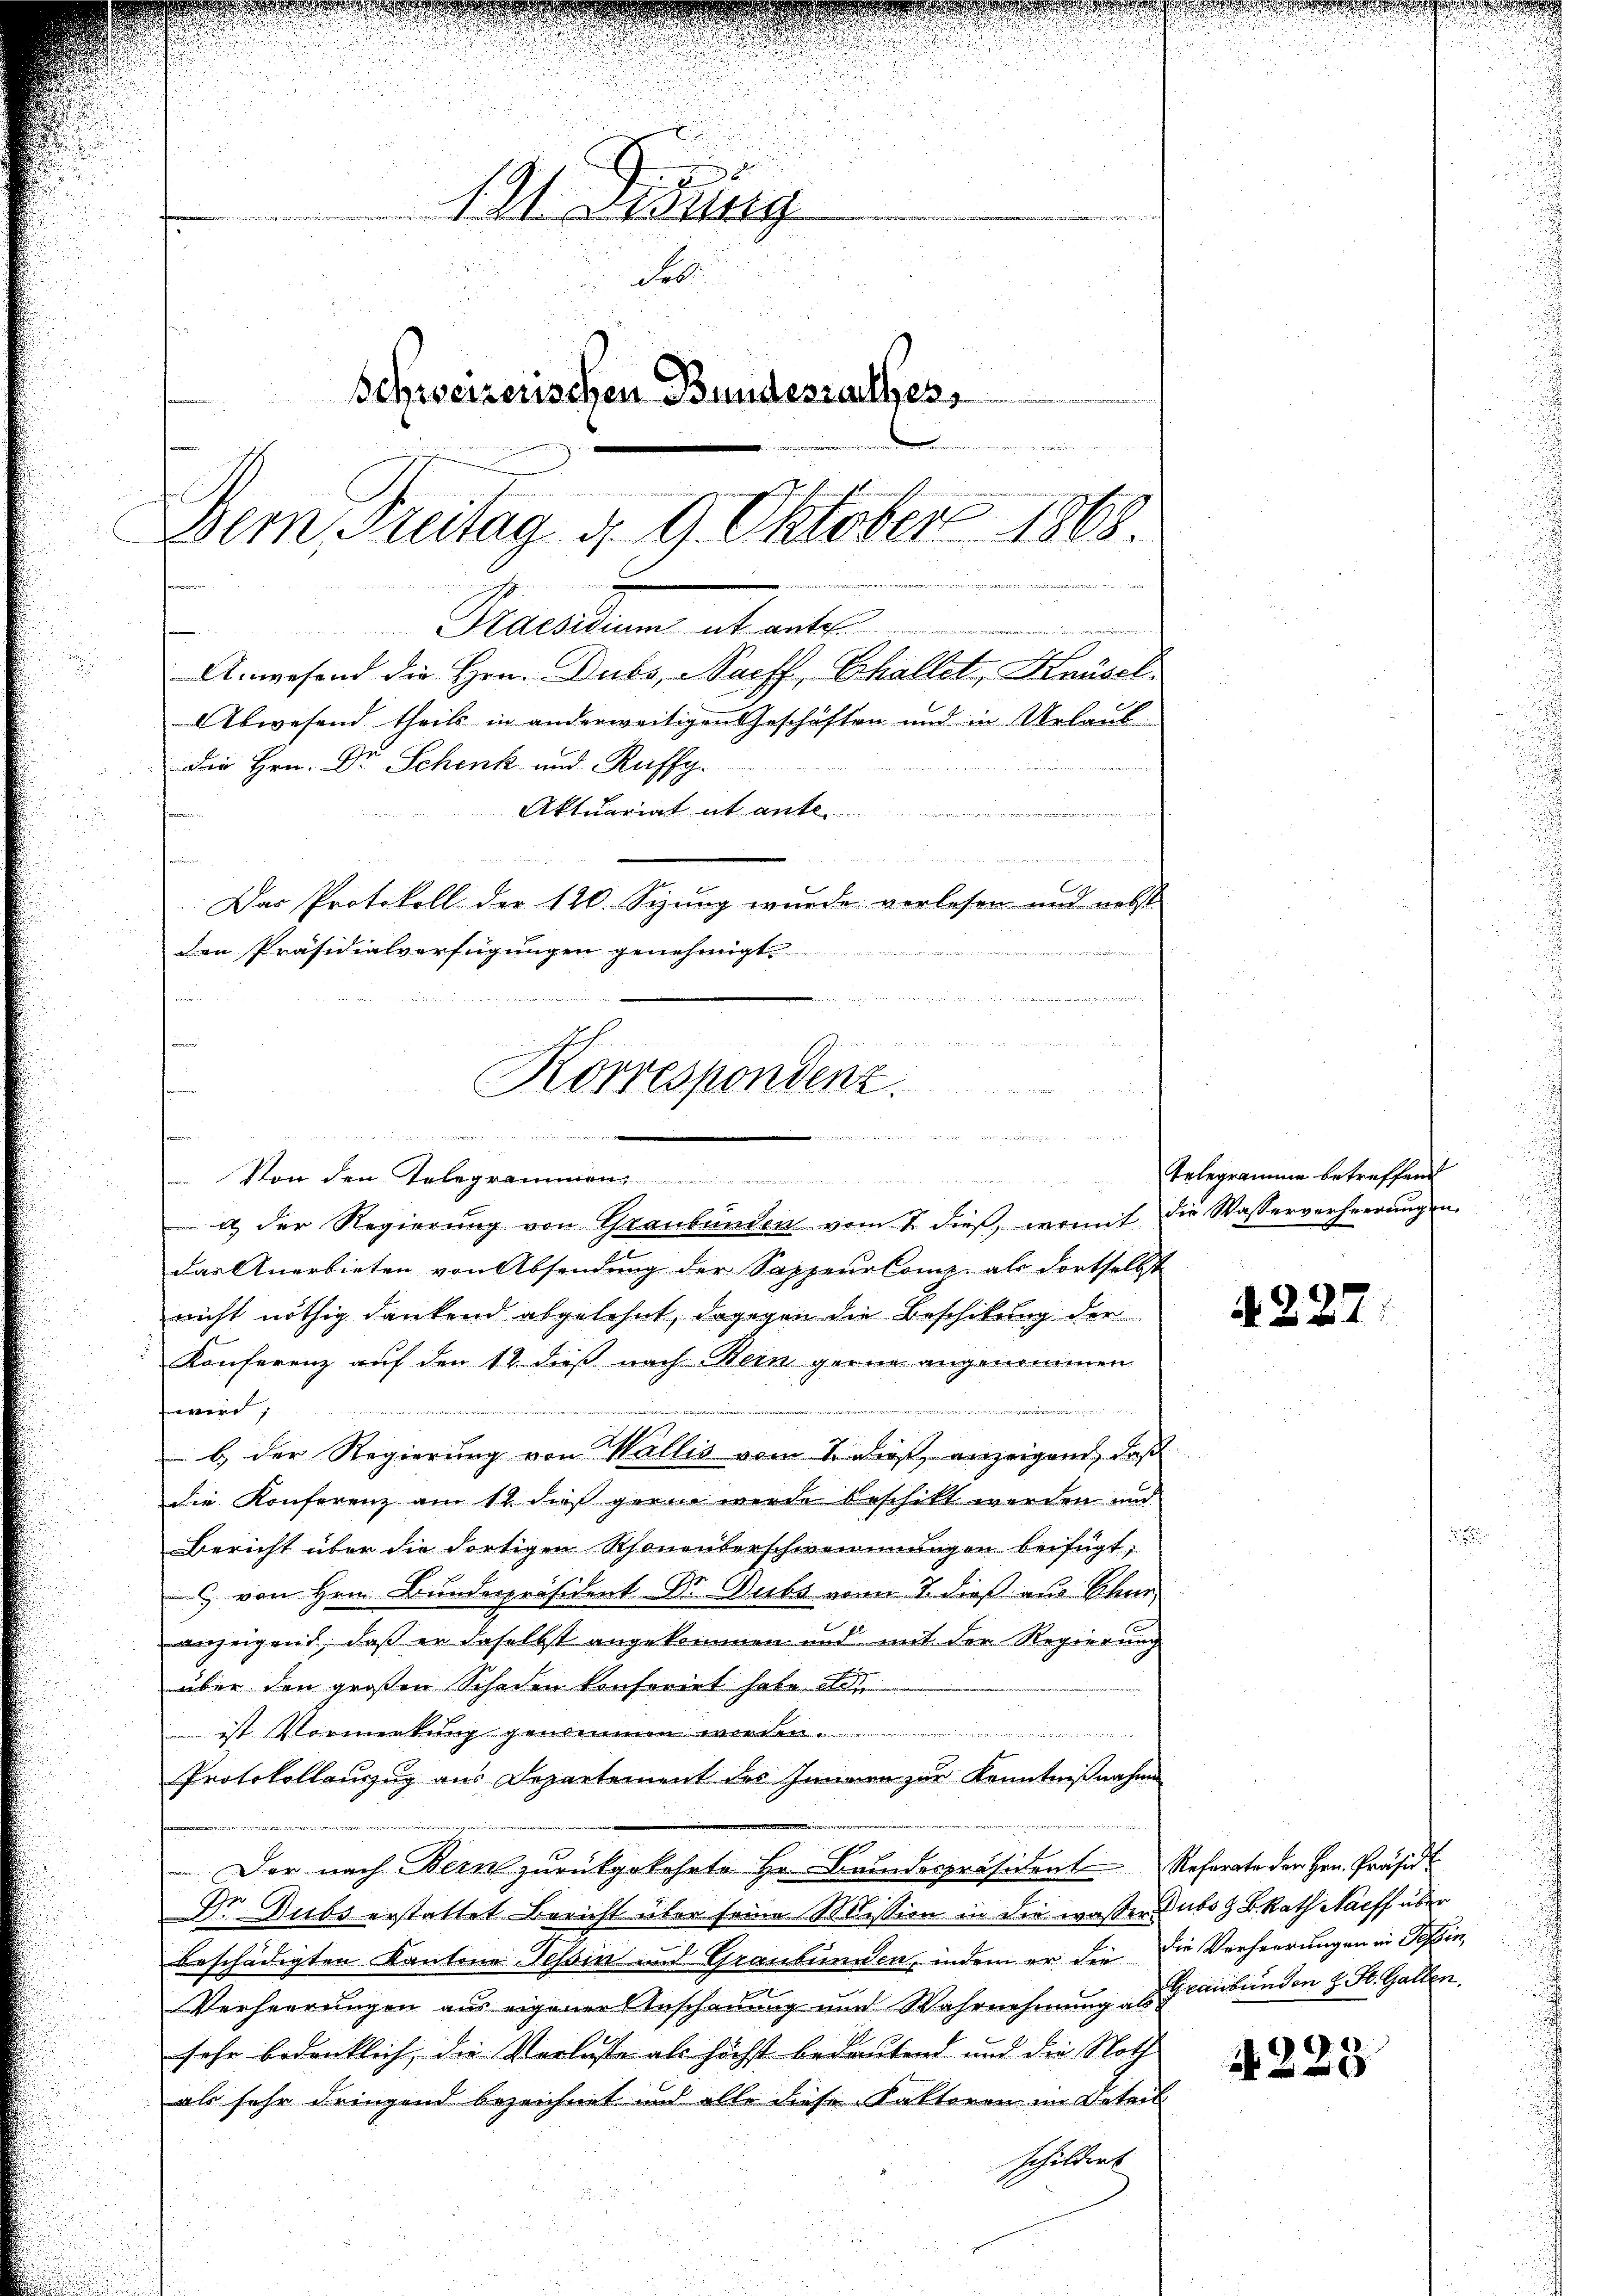
1 M. Jung
de
Fel
Schweizerischen Bundesrathes,
d nach in werden
Dem Freitag d. 9. Oktober 1868.
.
Si
Praesidium et antel
Anwesend die Hrn. Dubs, Sachs Challet, Knüsel.
Abwesend theils in anderweitigen Geschäften und in Urlaub
Die Hrn. Dr Schenk und Ruffg
Aktuariat et ante
n
n
Das Protokoll der 120. Sizung wurde verlesen und nebst

den Präsidialverfügungen genehmigt.

a
Korrespondenz.
a man einen

n

Von den Telegrammen Gelegramme betreffend
u der Regierŭng von Graubünden vom 8. dieβ, womit die Wasserverheerungen
das Anerbieten von Absendung der Sappeur Comp. als dortselbst
nicht nöthig dankend abgelehnt, dagegen die Beschikung der
Konferenz auf den 12. dieß nach Bein gerne angenommen
er
b. der Regierung von Wallis vom 1. dieß, anzeigend, daß
die Konferenz am 12. daß gerne werde beschikt werden und
Bericht über die dortigen Rhonenterschwemmungen beifügt;
 von Hrn. Bunderpräsident Dr. Dubs vom 7. dieß aus Schne
anzeiget, daß er daselbst angekommen und mit der Regierung
über den großen Schaden konferirt habe di
ist Vormerkung genommen worden.

Protokollauszug aus Departement des Innern zur Kenntnißnahme
Der nach Bern zurückgekehrte Hr. Bandespräsident Referate der Hrn. Präsid
n
Dr. Dubs erstattet Bericht über seine Mission in die waßer Subs z. B. Rath Nacff über
beschädigten Kantone Tessin und Graubünden, indem er die die Verheerungen in Tessin,
Verheerungen aus eigener Anschauung und Wahrnehmung an Graubünden z. St. Gallen.
sehr bedenklich, die Verluste als höchst bedeutend und die Noth
als sehr dringend bezeichnet und alle diese Faktoren im Beteil
Schildet

A 227

2223

2